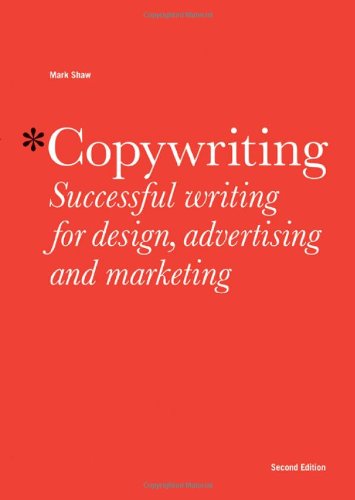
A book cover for Copywriting: Successful Writing for Design, Advertising and Marketing; Mark Shaw; Business & Money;